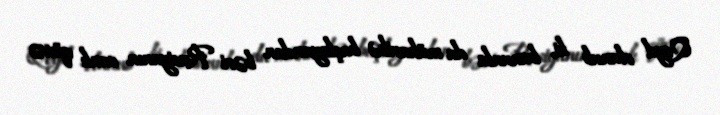
Qeyd olunub ki, bununla da müharibə başlayandan bəri Rusiyanın canlı qüvvə